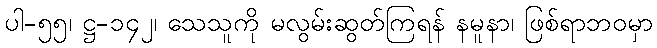
ပါ-၅၅၊ ဋ္ဌ-၁၄၂၊ သေသူကို မလွမ်းဆွတ်ကြရန် နမူနာ၊ ဖြစ်ရာဘဝမှာ